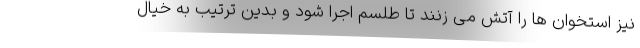
نیز استخوان ها را آتش می زنند تا طلسم اجرا شود و بدین ترتیب به خیال